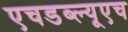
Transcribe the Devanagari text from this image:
एचडब्ल्यूएच